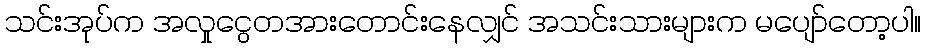
သင်းအုပ်က အလှုငွေတအားတောင်းနေလျှင် အသင်းသားများက မပျော်တော့ပါ။